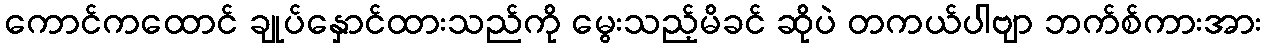
ကောင်ကထောင် ချုပ်နှောင်ထားသည်ကို မွေးသည့်မိခင် ဆိုပဲ တကယ်ပါဗျာ ဘက်စ်ကားအား